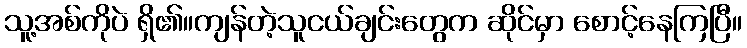
သူ့အစ်ကိုပဲ ရှိ၏။ကျန်တဲ့သူငယ်ချင်းတွေက ဆိုင်မှာ စောင့်နေကြပြီ။